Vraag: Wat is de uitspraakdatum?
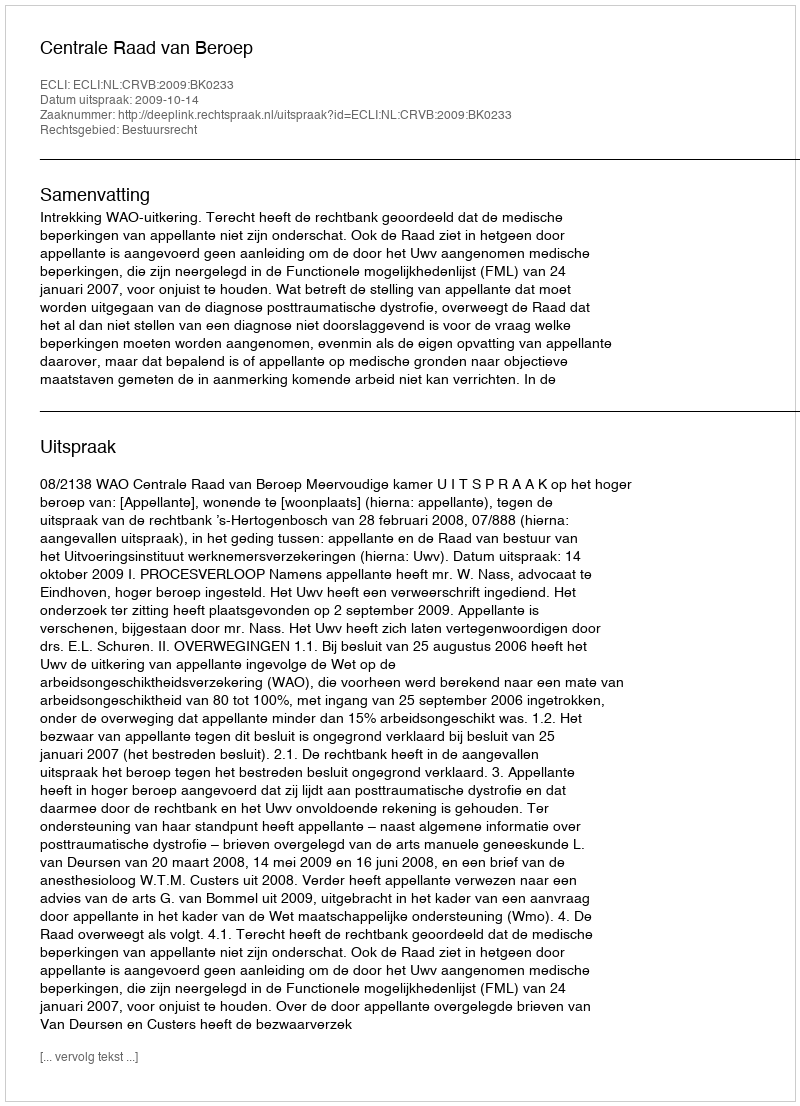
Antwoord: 2009-10-14